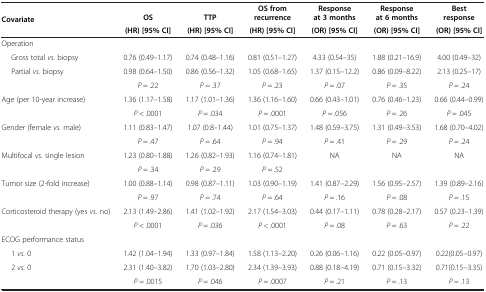
<table><thead><tr><td rowspan="2"><b>Covariate</b></td><td><b>OS</b></td><td><b>TTP</b></td><td><b>OS from recurrence</b></td><td><b>Response at 3 months</b></td><td><b>Response at 6 months</b></td><td><b>Best response</b></td></tr><tr><td><b>(HR) [95% CI]</b></td><td><b>(HR) [95% CI]</b></td><td><b>(HR) [95% CI]</b></td><td><b>(OR) [95% CI]</b></td><td><b>(OR) [95% CI]</b></td><td><b>(OR) [95% CI]</b></td></tr></thead><tbody><tr><td>Operation</td><td> </td><td> </td><td> </td><td> </td><td> </td><td> </td></tr><tr><td>Gross total <i>vs.</i> biopsy</td><td>0.76 (0.49–1.17)</td><td>0.74 (0.48–1.16)</td><td>0.81 (0.51–1.27)</td><td>4.33 (0.54–35)</td><td>1.88 (0.21–16.9)</td><td>4.00 (0.49–32)</td></tr><tr><td>Partial <i>vs.</i> biopsy</td><td>0.98 (0.64–1.50)</td><td>0.86 (0.56–1.32)</td><td>1.05 (0.68–1.65)</td><td>1.37 (0.15–12.2)</td><td>0.86 (0.09–8.22)</td><td>2.13 (0.25–17)</td></tr><tr><td> </td><td><i>P</i> = .22</td><td><i>P</i> = .37</td><td><i>P</i> = .23</td><td><i>P</i> = .07</td><td><i>P</i> = .35</td><td><i>P</i> = .24</td></tr><tr><td>Age (per 10-year increase)</td><td>1.36 (1.17–1.58)</td><td>1.17 (1.01–1.36)</td><td>1.36 (1.16–1.60)</td><td>0.66 (0.43–1.01)</td><td>0.76 (0.46–1.23)</td><td>0.66 (0.44–0.99)</td></tr><tr><td> </td><td><i>P</i> &lt; .0001</td><td><i>P</i> = .034</td><td><i>P</i> = .0001</td><td><i>P</i> = .056</td><td><i>P</i> = .26</td><td><i>P</i> = .045</td></tr><tr><td>Gender (female <i>vs.</i> male)</td><td>1.11 (0.83–1.47)</td><td>1.07 (0.8–1.44)</td><td>1.01 (0.75–1.37)</td><td>1.48 (0.59–3.75)</td><td>1.31 (0.49–3.53)</td><td>1.68 (0.70–4.02)</td></tr><tr><td> </td><td><i>P</i> = .47</td><td><i>P</i> = .64</td><td><i>P</i> = .94</td><td><i>P</i> = .41</td><td><i>P</i> = .29</td><td><i>P</i> = .24</td></tr><tr><td>Multifocal <i>vs.</i> single lesion</td><td>1.23 (0.80–1.88)</td><td>1.26 (0.82–1.93)</td><td>1.16 (0.74–1.81)</td><td>NA</td><td>NA</td><td>NA</td></tr><tr><td> </td><td><i>P</i> = .34</td><td><i>P</i> = .29</td><td><i>P</i> = .52</td><td> </td><td> </td><td> </td></tr><tr><td>Tumor size (2-fold increase)</td><td>1.00 (0.88–1.14)</td><td>0.98 (0.87–1.11)</td><td>1.03 (0.90–1.19)</td><td>1.41 (0.87–2.29)</td><td>1.56 (0.95–2.57)</td><td>1.39 (0.89–2.16)</td></tr><tr><td> </td><td><i>P</i> = .97</td><td><i>P</i> = .74</td><td><i>P</i> = .64</td><td><i>P</i> = .16</td><td><i>P</i> = .08</td><td><i>P</i> = .15</td></tr><tr><td>Corticosteroid therapy (yes <i>vs.</i> no)</td><td>2.13 (1.49–2.86)</td><td>1.41 (1.02–1.92)</td><td>2.17 (1.54–3.03)</td><td>0.44 (0.17–1.11)</td><td>0.78 (0.28–2.17)</td><td>0.57 (0.23–1.39)</td></tr><tr><td> </td><td><i>P</i> &lt; .0001</td><td><i>P</i> = .036</td><td><i>P</i> &lt; .0001</td><td><i>P</i> = .08</td><td><i>P</i> = .63</td><td><i>P</i> = .22</td></tr><tr><td>ECOG performance status</td><td> </td><td> </td><td> </td><td> </td><td> </td><td> </td></tr><tr><td>1 <i>vs.</i> 0</td><td>1.42 (1.04–1.94)</td><td>1.33 (0.97–1.84)</td><td>1.58 (1.13–2.20)</td><td>0.26 (0.06–1.16)</td><td>0.22 (0.05–0.97)</td><td>0.22(0.05–0.97)</td></tr><tr><td>2 <i>vs.</i> 0</td><td>2.31 (1.40–3.82)</td><td>1.70 (1.03–2.80)</td><td>2.34 (1.39–3.93)</td><td>0.88 (0.18–4.19)</td><td>0.71 (0.15–3.32)</td><td>0.71(0.15–3.35)</td></tr><tr><td> </td><td><i>P</i> = .0015</td><td><i>P</i> = .046</td><td><i>P</i> = .0007</td><td><i>P</i> = .21</td><td><i>P</i> = .13</td><td><i>P</i> = .13</td></tr></tbody></table>